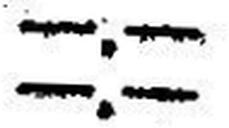
—.—